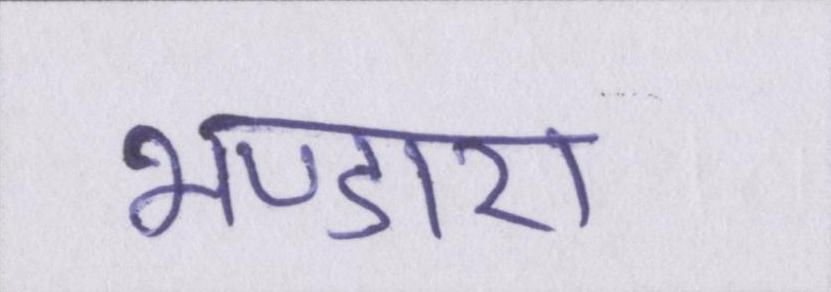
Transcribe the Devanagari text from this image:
भण्डारा